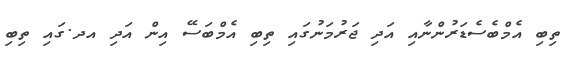
ތިބި އެމްބެސެޑަރުންނާއި އަދި ޖަރުމަނުގައި ތިބި އެމްބަސޭ އިން އަދި އދ.ގައި ތިބި